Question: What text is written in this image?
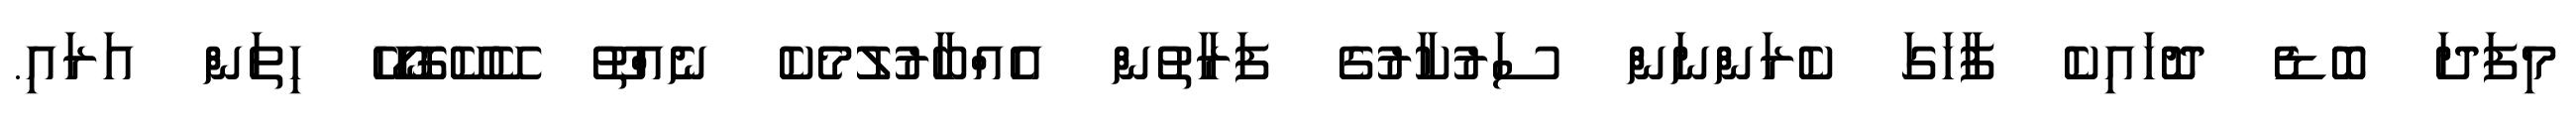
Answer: މިފަދަ ބޮޑެ ދޮހައިކެ ފާހަގަ ކެރަންނަން ސަރުކާރުގެ ފަރާތުން އެއްބާރުލުމެކެ ނެއްތޫ ކޭކޭގޮހޯހޭ ހިތަން އަރައި.